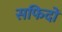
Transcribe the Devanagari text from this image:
सफिदों